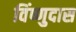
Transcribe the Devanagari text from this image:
विंष्णुदास